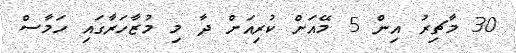
30 މާޗިރު އިން 5 މޭއަށް ކުރިއަށް ދާ މި މުޒާހަރާގައި ހަމާސް